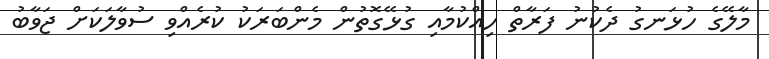
މާލޭގެ ހުޅަނގު ދެކުނު ފަރާތް ހިއްކުމާއި ގުޅޭގޮތުން މެންބަރަކު ކުރެއްވި ސުވާލަކަށް ޖަވާބު